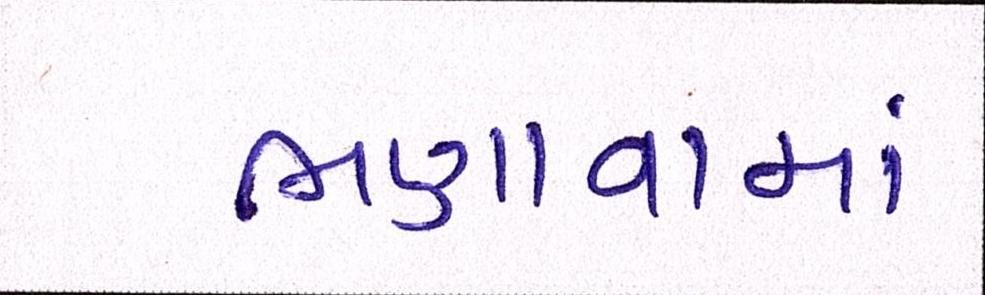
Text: ભણાવામાં